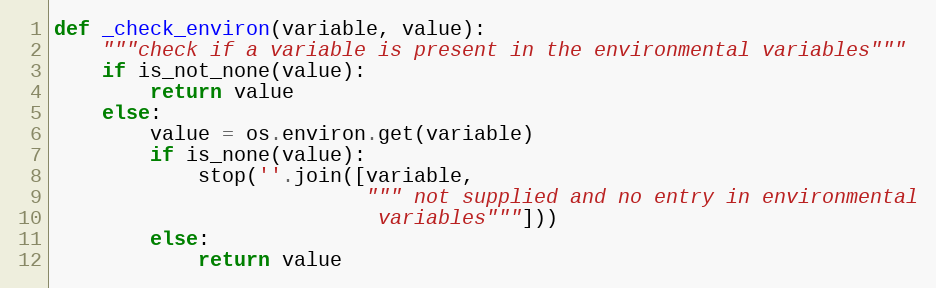
Language: Python
def _check_environ(variable, value):
    """check if a variable is present in the environmental variables"""
    if is_not_none(value):
        return value
    else:
        value = os.environ.get(variable)
        if is_none(value):
            stop(''.join([variable,
                          """ not supplied and no entry in environmental
                           variables"""]))
        else:
            return value